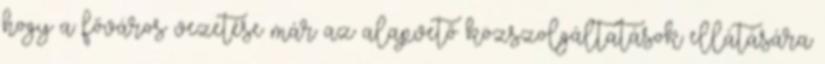
hogy a főváros vezetése már az alapvető közszolgáltatások ellátására